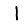
Digit: 1